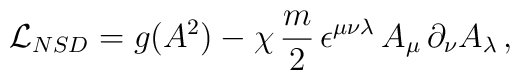
{\cal L}_{NSD} = g(A^{2}) - \chi\,\frac{m}{2}\,    \epsilon^{\mu\nu\lambda}\,A_{\mu}\,\partial_{\nu}    A_{\lambda}\,,